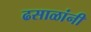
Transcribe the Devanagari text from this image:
ढसाळांनी